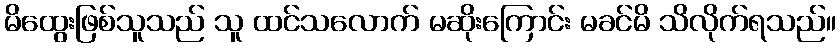
မိထွေးဖြစ်သူသည် သူ ထင်သလောက် မဆိုးကြောင်း မခင်မိ သိလိုက်ရသည်။